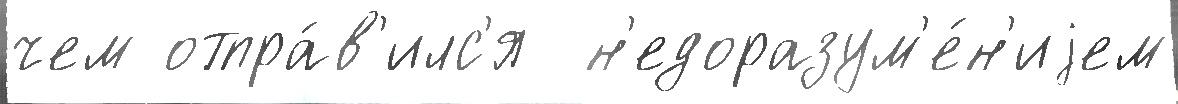
чем отпра́в'илс'я  н'едоразум'е́н'иjем